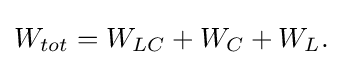
W_{tot}=W_{LC}+W_{C}+W_{L}.\